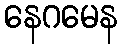
နေဂမေန